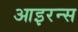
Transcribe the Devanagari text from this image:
आइरन्स